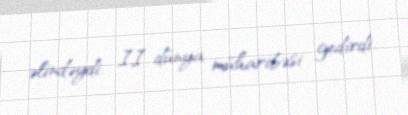
əlindəydi, II dünya müharibəsi gedirdi.